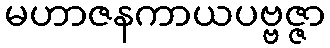
မဟာဇနကာယပဗ္ဗဇ္ဇာ